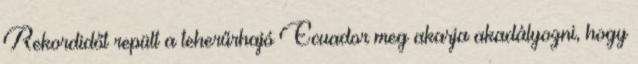
Rekordidőt repült a teherűrhajó Ecuador meg akarja akadályozni, hogy